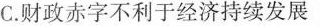
C.财政赤字不利于经济持续发展